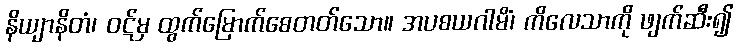
နိယျာနိတံ၊ ဝဋ်မှ ထွက်မြောက်စေတတ်သော။ အပစယဂါမိံ၊ ကိလေသာကို ဖျက်ဆီး၍